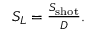
\begin{array} { r } { S _ { L } = \frac { S _ { \mathrm { s h o t } } } { D } . } \end{array}